Report on lock hospitals in British Burma
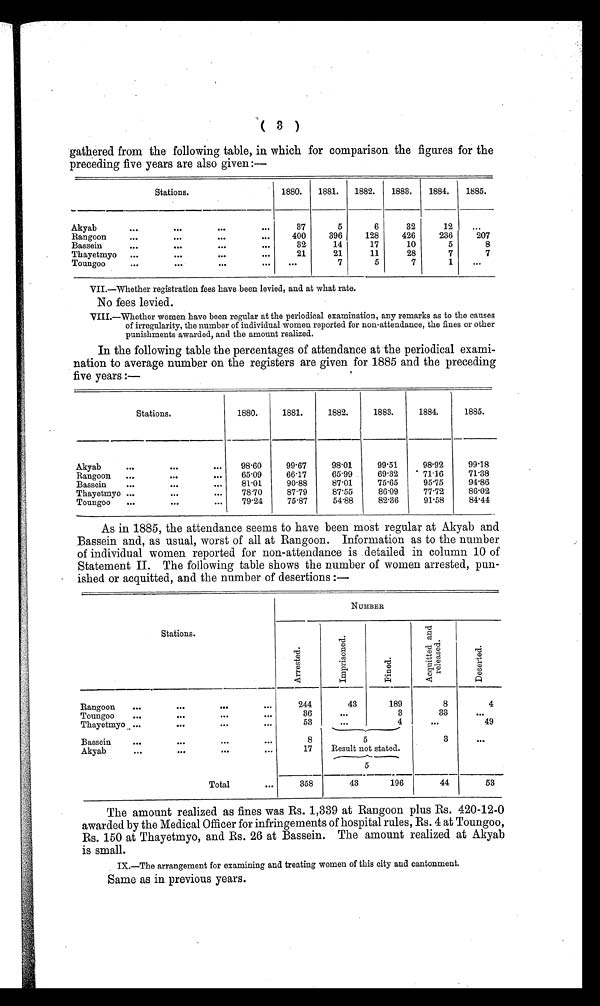
( 3 )
gathered from the following table, in which for comparison the figures for the
preceding five years are also given :—
Stations.
1880.
1881.
1882.
1883.
1884.
1885.
Akyab
...
...
...
. . .
37
5
6
32
12
. . .
Rangoon
...
...
...
. . .
400
396
128
426
236
207
Bassein
...
...
...
. . .
32
14
17
10
5
8
Thayetmyo
...
...
...
. . .
21
21
11
28
7
7
Toungoo
...
...
...
. . .
. . .
7
5
7
1
...
VII.—Whether registration fees have been levied, and at what rate.
No fees levied.
VIII.—Whether women have been regular at the periodical examination, any remarks as to the causes
of irregularity, the number of individual women reported for non-attendance, the fines or other
punishments awarded, and the amount realized.
In the following table the percentages of attendance at the periodical exami-
nation to average number on the registers are given for 1885 and the preceding
five years :—
Stations.
1880.
1881.
1882.
1883.
1884.
1885.
Akyab
...
...
...
98·60
99.67
98·01
99·51
98·92
99·18
Rangoon
...
... ...
65·09
66·17
65·99
69·32
71 . 16
71·38
Bassein
...
...
. . .
81·01
90·88
87·01
75·65
95·75
94·86
Thayetmyo ...
...
...
78·70
87·79
87·55
86·09
77·72
86·02
Toungoo
...
...
. . .
79·24
75·87
54·88
82·36
91·58
84·44
As in 1885, the attendance seems to have been most regular at Akyab and
Bassein and, as usual, worst of all at Rangoon. Information as to the number
of individual women reported for non-attendance is detailed in column 10 of
Statement II. The following table shows the number of women arrested, pun-
ished or acquitted, and the number of desertions :—
NUMBER
Stations.
A r r e s t e d .
I m p r i s o n e d .
F i n e d .
A c q u i t t e d a n d r e l e a s e d .
D e s e r t e d .
Rangoon
...
... ...
. . .
244
43
189
8
4
Toungoo
... ...
...
...
36
...
3
33
. . .
Thayetmyo ...
... ...
. . .
53
. . .
4
. . .
49
Bassein
... ...
...
. . .
8
5
3
. . .
Akyab
... ...
...
17
Result not stated.
5
Total
...
358
43
196
44
53
The amount realized as fines was Rs. 1,339 at Rangoon plus Rs. 420-12-0
awarded by the Medical Officer for infringements of hospital rules, Rs. 4 at Toungoo,
Rs. 150 at Thayetmyo, and Rs. 26 at Bassein. The amount realized at Akyab
is small.
IX.—The arrangement for examining and treating women of this city and cantonment.
Same as in previous years.